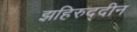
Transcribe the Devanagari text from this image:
झहिरुद्दीन